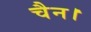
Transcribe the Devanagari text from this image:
चैन।